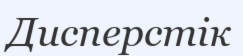
Дисперстік